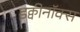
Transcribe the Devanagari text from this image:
इक्वीनॉक्स